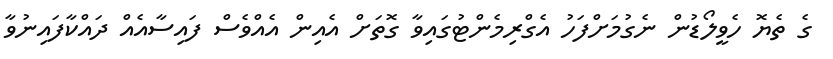
ގެ ތެޔޮ ހެވީލޯޑުން ނެގުމަށްފަހު އެގްރިމެންޓުގައިވާ ގޮތަށް އެއިން އެއްވެސް ފައިސާއެއް ދައްކާފައިނުވާ